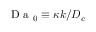
\mathrm { ~ D ~ a ~ } _ { 0 } \equiv \kappa k / D _ { c }